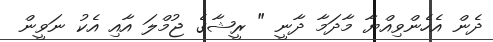
ދެން އެހެންވިއްޔާ މާދަމާ ދާނީ " ރީޝާގެ ޖުމްލަ އާއި އެކު ނަވީން